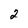
Character: 2